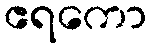
ဧရကော